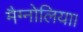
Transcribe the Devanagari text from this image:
मैग्नोलिया।